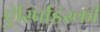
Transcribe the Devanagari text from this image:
ऐस्पिडिस्की